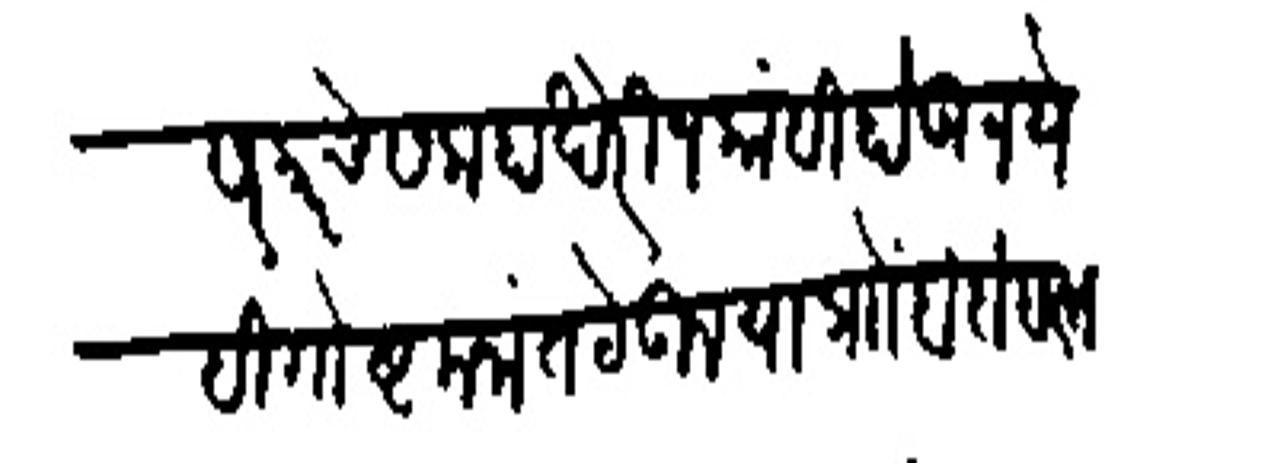
Transliteration (Devanagari): सरकारचे सलाहाखेरीज कांही होऊ नये ही गोष्ट मनांत ठेऊन या प्रोा बंदोबस्त